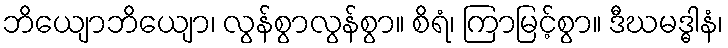
ဘိယျောဘိယျော၊ လွန်စွာလွန်စွာ။ စိရံ၊ ကြာမြင့်စွာ။ ဒီဃမဒ္ဓါနံ၊